Report on sanitation, dispensaries, and jails in Rajputana for 1909, and on vaccination for the year 1909-1910 - 1909-1910
Year: 1909
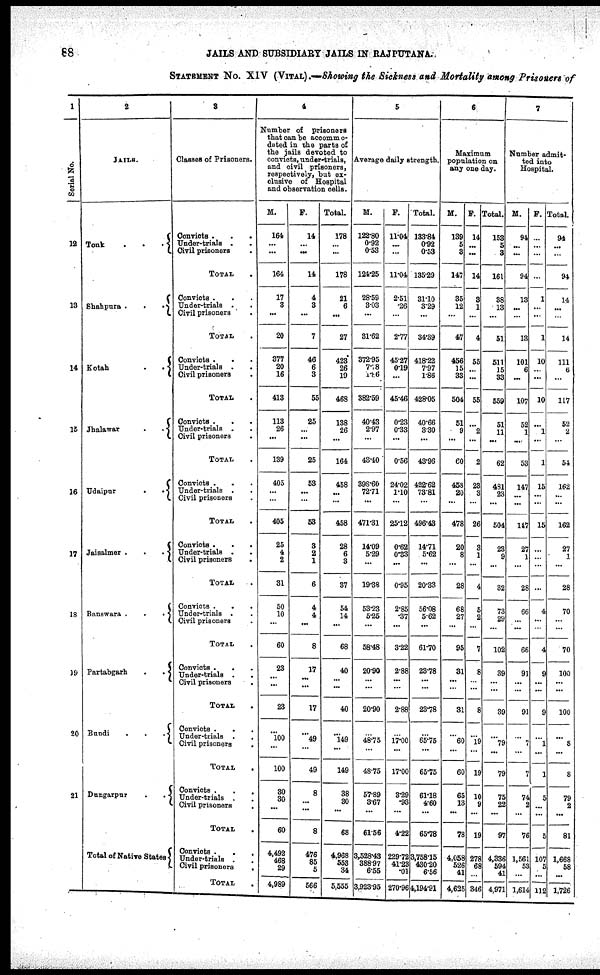
88
JAILS AND SUBSIDIARY JAILS IN RAJPUTANA.
STATEMENT No. XIV (VITAL).—Showing the Sickness and Mortality among Prisoners of
1
Serial No.
12
13
14
15
16
17
18
19
20
21
2
JAILS.
Tonk
.
. .
Shahpura .
.
.
Kotah
.
.
Jhalawar
.
.
Udaipur
.
.
Jaisalmer .
.
.
Banswara .
.
. .
Partabgarh
.
.
Bundi
.
.
.
Dungarpur .
Total of Native States
3
Classes of Prisoners.
Convicts . . .
Under-trials . .
Civil prisoners .
TOTAL .
Convict . . .
Under-trials . .
Civil prisoners
TOTAL .
Convicts . .
Under-trials . .
Civil prisoners .
TOTAL .
Convict . . .
Under-trials . .
Civil prisoners .
TOTAL .
Convicts .
.
Under-trials . .
Civil prisoners
TOTAL .
Convicts . . .
Under-trials . .
Civil prisoners
TOTAL .
Convicts .
.
.
Under-trials . .
Civil prisoners .
TOTAL .
Convicts . . .
Under-trials . .
Civil prisoners .
TOTAL .
Convicts .
. .
Under-trials . .
Civil prisoners .
TOTAL .
Convicts . .
Under-trials .
Civil prisoners
.
TOTAL .
Convicts .
.
.
Under-trial . .
Civil prisoners .
TOTAL .
4
Number of prisoners
that can be accommo¬
dated in the parts of
the jails devoted to
convicts, under-trials,
and civil prisoners,
respectively, but ex-
clusive of Hospital
and observation cells.
M.
164
...
...
164
17
3
...
20
377
20
16
413
113
26
...
139
405
...
...
405
25
4
2
31
50
10
...
60
23
...
...
23
...
100
...
100
30
30
...
60
4,492
468
29
4,989
F.
14
...
...
14
4
3
...
7
46
6
3
55
25
...
...
25
53
...
...
53
3
2
1
6
4
4
...
8
17
...
...
17
...
49
...
49
8
...
...
8
476
85
5
566
Total.
178
...
...
178
21
6
...
27
423
26
19
468
138
26
...
164
458
...
...
458
28
6
3
37
54
14
...
68
40
...
...
40
...
149
...
149
38
30
...
68
4,968
558
34
5,555
5
Average daily strength.
M.
122.80
0.92
0.53
124.25
28.59
3.03
...
31.62
372.95
7.78
1.86
382.59
40.43
2.97
...
43.10
398.60
72.71
...
471.31
14.09
5.29
...
19.38
53.23
5.25
...
58.48
20.90
...
...
20.90
...
48.75
...
48.75
57.89
3.67
...
61.56
3,528.43
388.97
6.55
3,923.95
F.
11.04
...
...
11.04
2.51
.26
...
2.77
45.27
0.19
...
45.46
0.23
0.33
...
0.56
24.02
1.10
...
25.12
0.62
0.33
...
0.95
2.85
.37
...
3.22
2.88
...
...
2.88
...
17.00
...
17.00
3.29
.93
...
4.22
229.72
41.22
.01
270.96
Total.
133.84
0.92
0.53
135.29
31.10
3.29
...
34.39
418.22
7.97
1.86
428.05
40.66
3.30
...
43.96
422.62
73.81
...
496.43
14.71
5.62
...
20.33
56.08
5.62
...
61.70
23.78
...
...
23.78
...
65.75
...
65.75
61.18
4.60
...
65.78
3,758.15
430.20
6.56
4,194.91
6
Maximum
population on
any one day.
M.
139
5
3
147
35
12
...
47
456
15
33
504
51
9
...
60
458
20
...
478
20
8
...
28
68
27
...
95
31
...
...
31
...
60
...
60
65
13
...
78
4,058
526
41
4,625
F.
14
...
...
14
3
1
...
4
55
...
...
55
...
2
...
2
23
3
...
26
3
1
...
4
5
2
...
7
8
...
...
8
...
19
...
19
10
9
...
19
278
68
...
346
Total.
153
5
3
161
38
13
...
51
511
15
33
559
51
11
...
62
481
23
...
504
23
9
...
32
73
29
...
102
39
...
...
39
...
79
...
79
75
22
...
97
4,336
594
41
4,971
7
Number admit-
ted into
Hospital.
M.
94
...
...
94
13
...
...
13
101
6
...
107
52
1
....
53
147
...
...
147
27
1
...
28
66
...
...
66
91
...
...
91
...
7
...
7
74
2
...
76
1,561
53
...
1,614
F.
...
...
...
...
1
...
...
1
10
...
...
10
...
1
...
1
15
...
...
15
...
...
...
...
4
...
...
4
9
...
...
9
...
1
...
1
5
...
...
5
107
5
...
112
Total.
94
...
...
94
14
...
14
111
6
...
117
52
2
...
54
162
...
...
162
27
1
...
28
70
...
...
70
100
...
...
100
...
8
...
8
79
...
...
81
1,668
58
...
1,726